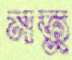
মতু